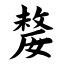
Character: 嫠